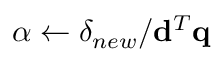
\alpha \leftarrow \delta _ { n e w } / \mathbf { d } ^ { T } \mathbf { q }